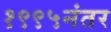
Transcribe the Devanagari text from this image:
१९९५नंतर